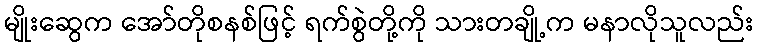
မျိုးဆွေက အော်တိုစနစ်ဖြင့် ရက်စွဲတို့ကို သားတချို့က မနာလိုသူလည်း